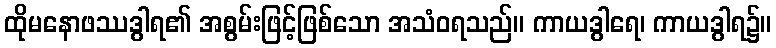
ထိုမနောဖဿဒွါရ၏ အစွမ်းဖြင့်ဖြစ်သော အသံဝရသည်။ ကာယဒွါရေ၊ ကာယဒွါရ၌။